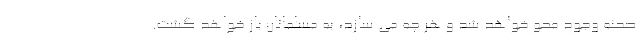
صحنه وجود محو خواهد شد و هر چه می سازد، به مسلمانان باز خواهد گشت.